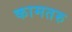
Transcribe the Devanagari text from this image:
कामतरु